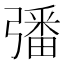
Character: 𢐠